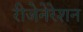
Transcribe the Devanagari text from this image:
रीजेनेरेशन